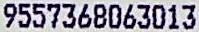
9557368063013